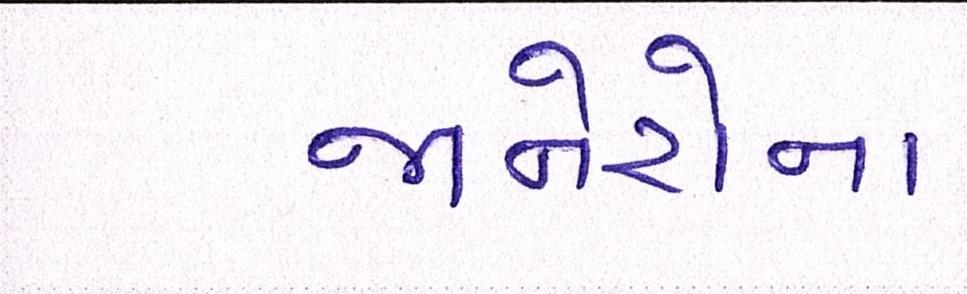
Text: જાનેરોના